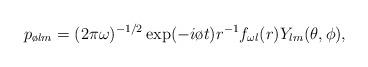
LaTeX: \begin{align*}p_{\o lm}=(2\pi\omega)^{-1/2}\exp(-i\o t) r^{-1}f_{\omega l}(r)Y_{lm}(\theta,\phi),\end{align*}